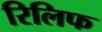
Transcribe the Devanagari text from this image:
रिलिफ